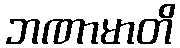
ဘဏာမာတိ